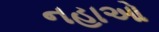
નહાઓ